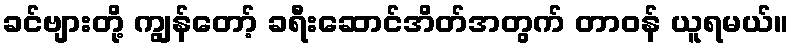
ခင်ဗျားတို့ ကျွန်တော့် ခရီးဆောင်အိတ်အတွက် တာဝန် ယူရမယ်။